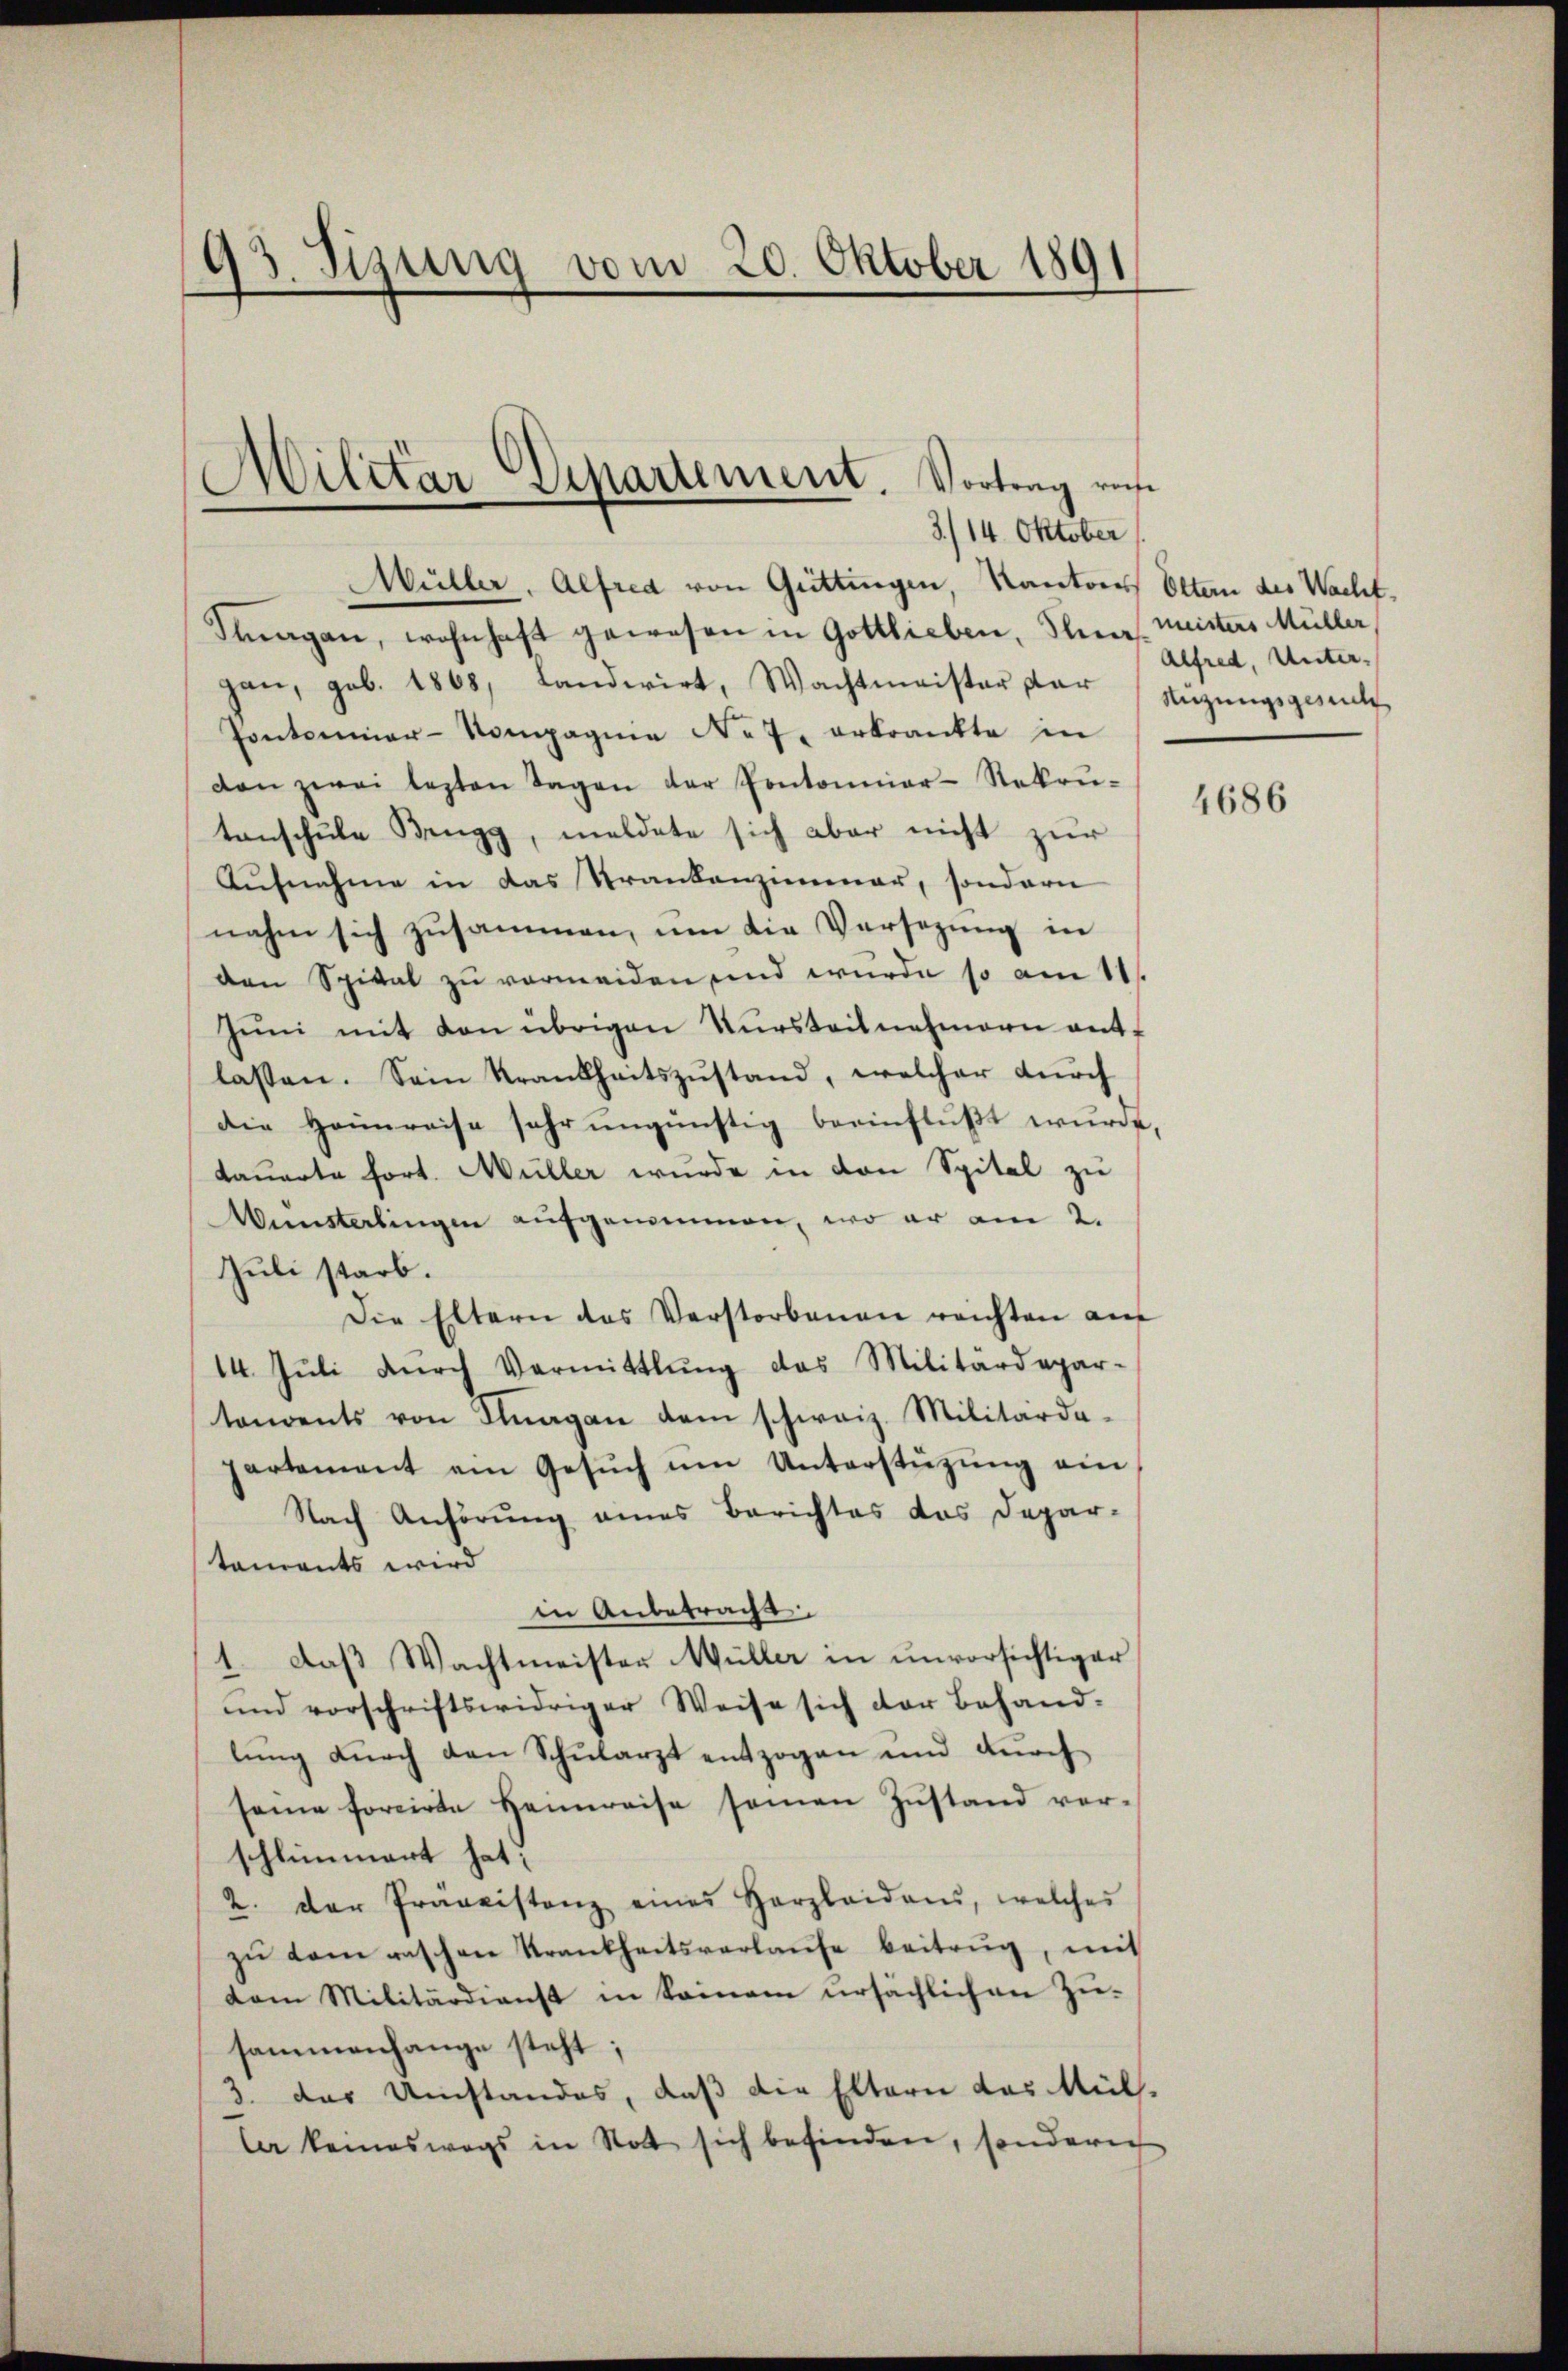
93. Teung vom 20. Oktober 1891

Militar Departement. Vortrag res
3./14. Oktober

Müller, Alfred von Güttingen, Kantons Eltern des Wacht.
Inagan, wohnhaft gewesen in Gottlieben, Par Meisters Müller
gan, geb. 1868, Landwirt, Wachtmeister dar (Nüzungsgesuch
Pontonier-Compagnie Not, erkrankte in
den zwei lezten Tagen der Pontonnier-Sekrŭ-
tanschule Brugg, meldete sich aber nicht zur
Aŭfnahme in das Trankenzimmer, sondern
nahm sich zusammen, um die Versezung in
den Spital zu vermeiden und wurde so am 11.
Jŭni mit den übrigen Tŭrsteilnehmern ant-
lassen. Sein Krankheitszustand, welcher durch
die Heimreise sehr ŭngünstig beeinflußt wurde,
dauerte fort. Müller wurde in den Spital zu
Münsterlingen aufgenommen, wo er am 2.
Juli starb.
Die Eltern des Verstorbenen reichten auf
14. Juli durch Vermittlung das Militärdepar-
tendents von Stŭagan dem schweiz. Militärda-
partement ein Gesŭch ŭm Unterstützŭng ein
Nach Anhörung eines Berichtes das Depar-
staments wird
in Anbetracht.
1. daß Wachtmeister Müller in unvorsichtiger
und vorschriftswidriger Weise sich der Behand-
lung durch den Schularzt entzogen und durch
seine forcirte Heimreise samen Zŭstand ver-
schlimmert hat;
2. der Präveistanz eines Herzleiden, welches
zŭ dem raschen Krankheitsverlaŭfe beitrŭg, mit
dem Militärdienst in keinem ursächlichen Zu-
sammenhange steht;
3. das Umstandes, daß die Eltern das Mülle keineswegs in Statt sich befinden, sondern

Alfred, Unter-

4686